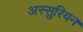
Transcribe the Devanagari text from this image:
अस्सुरियन